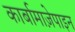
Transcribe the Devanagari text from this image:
कार्बामाज़ेपाइन